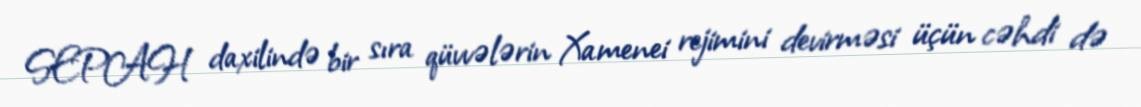
SEPAH daxilində bir sıra qüvvələrin Xamenei rejimini devirməsi üçün cəhdi də